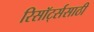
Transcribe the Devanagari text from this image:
रिसॉर्ट्ससाठी